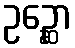
ဥဉ္ဆော